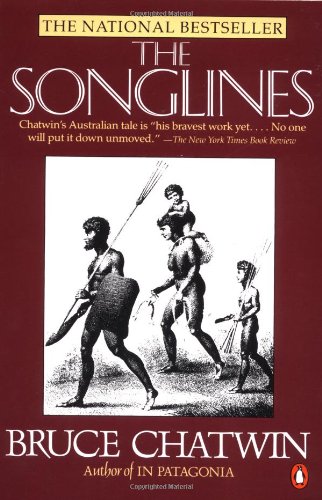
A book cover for The Songlines; Bruce Chatwin; History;